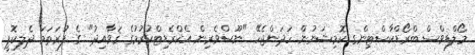
މޯލްޑިވްސް ބްރޯޑްކާސްޓިންގ ކޮމިޝަނުން ހަދަންޖެހޭ "ނޫސްވެރިން އެކްރެޑިޓްކުރުމުގެ ޤަވާއިދު" ގެ ފުރަތަމަ ދެލިކޮޕީ